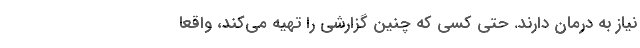
نیاز به درمان دارند. حتی کسی که چنین گزارشی را تهیه می‌کند، واقعا